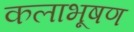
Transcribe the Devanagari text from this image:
कलाभूषण